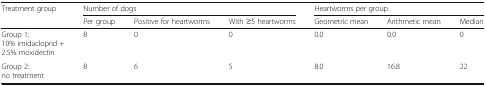
<table><thead><tr><td rowspan="2"><b>Treatment group</b></td><td colspan="3"><b>Number of dogs</b></td><td colspan="3"><b>Heartworms per group</b></td></tr><tr><td><b>Per group</b></td><td><b>Positive for heartworms</b></td><td><b>With ≥5 heartworms</b></td><td><b>Geometric mean</b></td><td><b>Arithmetic mean</b></td><td><b>Median</b></td></tr></thead><tbody><tr><td>Group 1:10% imidacloprid + 2.5% moxidectin</td><td>8</td><td>0</td><td>0</td><td>0.0</td><td>0.0</td><td>0</td></tr><tr><td>Group 2:no treatment</td><td>8</td><td>6</td><td>5</td><td>8.0</td><td>16.8</td><td>22</td></tr></tbody></table>